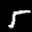
Label: 5